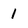
Character: 1